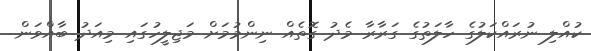
ކުއްލި ނުރައްކަލުގެ ހާލަތުގެ ގަރާރާ މެދު ގޮތެއް ނިންމުމަށް މަޖިލީހުގައި މިއަދު ބާއްވަން